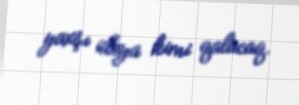
yaxşı ideya kimi qalacaq.